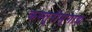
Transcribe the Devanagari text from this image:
कस्तुरीमृगाद्य